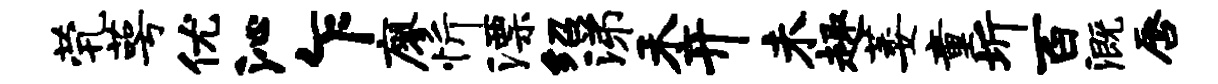
茕萼优沁乍廖忻漂绍涕禾开未趣萎童圻百溉唇